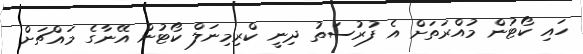
ހައި ކޯޓުން މުއްރަތަށް އެ ފުރުސަތު ދިނީ ކްރިމިނަލް ކޯޓުން އޭނާގެ މައްޗަށް